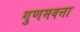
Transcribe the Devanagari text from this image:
गुणमवत्ता